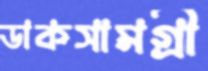
ডাকসামগ্রী